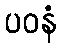
ပဝနံ